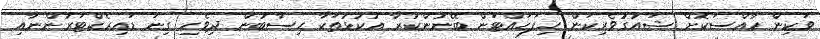
ވަކިން ހާއްސަކޮށް ޝައުގުވެރިކަން ހިފަހައްޓަން ބޭނުންކުރާ އުކުޅުތަކާ ހިސާބުން ދިވެހި ގިނަ ޑައިރެކްޓަރުންނާއި